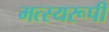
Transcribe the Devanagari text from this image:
मत्स्यरूपी